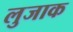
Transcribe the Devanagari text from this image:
लुजाक